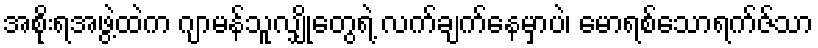
အစိုးရအဖွဲ့ထဲက ဂျာမန်သူလျှိုတွေရဲ့ လက်ချက်နေမှာပဲ၊ မောရစ်သောရက်ဇ်သာ